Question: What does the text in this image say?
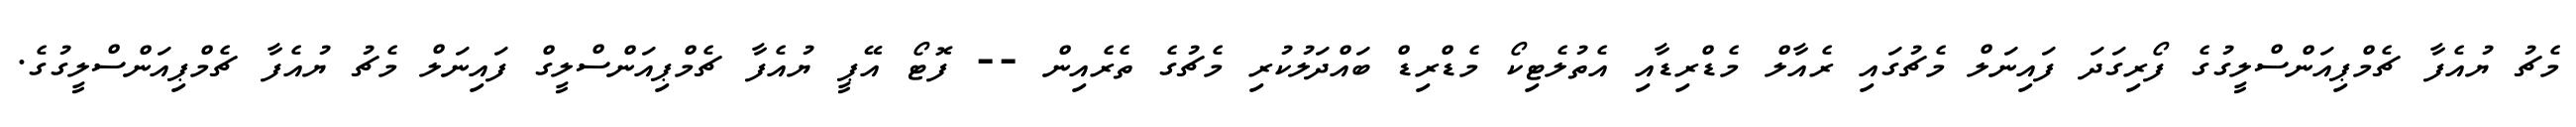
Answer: މެޗު ޔުއެފާ ޗެމްޕިއަންސްލީގުގެ ފޯރިގަދަ ފައިނަލް މެޗުގައި ރެއާލް މެޑްރިޑާއި އެތުލެޓިކޯ މެޑްރިޑް ބައްދަލުކުރި މެޗުގެ ތެރެއިން -- ފޮޓޯ އޭޕީ ޔުއެފާ ޗެމްޕިއަންސްލީގް ފައިނަލް މެޗު ޔުއެފާ ޗެމްޕިއަންސްލީގުގެ.